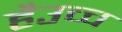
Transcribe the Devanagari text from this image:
हैउच्च